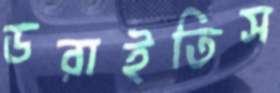
ডরাইতিস